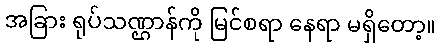
အခြား ရုပ်သဏ္ဌာန်ကို မြင်စရာ နေရာ မရှိတော့။